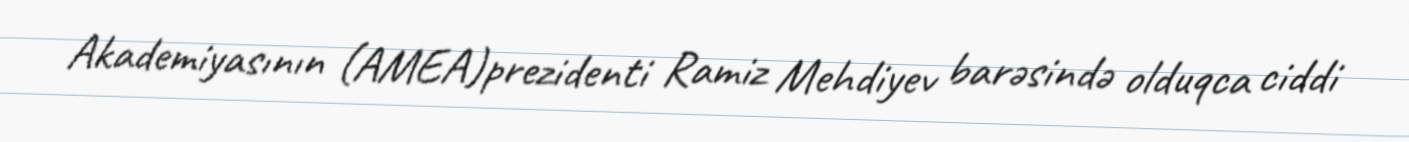
Akademiyasının (AMEA)prezidenti Ramiz Mehdiyev barəsində olduqca ciddi